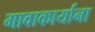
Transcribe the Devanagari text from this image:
गावाकार्याना